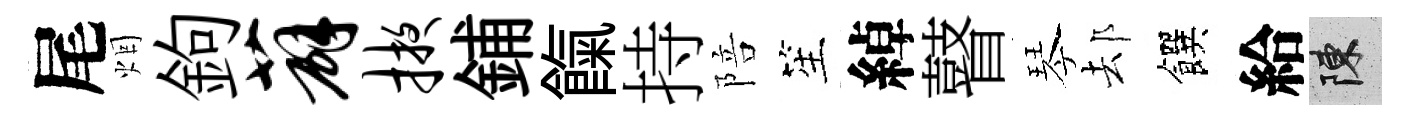
尾烟鉤薜掖鋪餼持陪笙綽瞽琴𨚫饌給陳